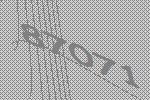
87071